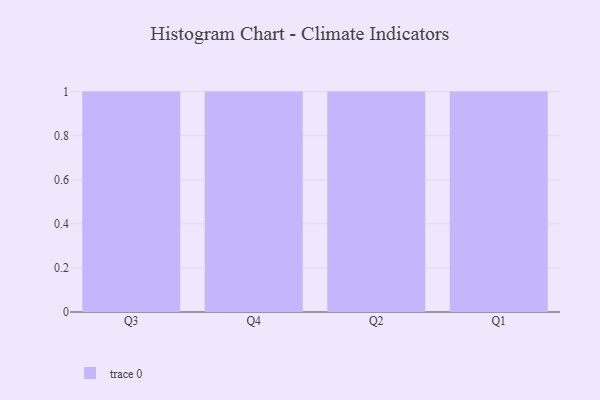
{"axis": {"x": "Quarter", "y": "Temperature (°C)"}, "legend": [""], "data": [{"x": "Q3", "y": 60, "type": ""}, {"x": "Q4", "y": 74, "type": ""}, {"x": "Q2", "y": 76, "type": ""}, {"x": "Q1", "y": 52, "type": ""}]}